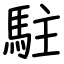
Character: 駐